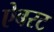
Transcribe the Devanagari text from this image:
ऐबरट